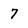
Character: 7